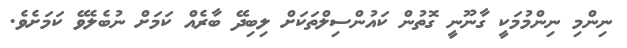
ނިންމި ނިންމުމަކީ ގާނޫނީ ގޮތުން ކައުންސިލްތަކަށް ލިބިދޭ ބާރެއް ކަމަށް ނުބެލެވޭ ކަމަށެވެ.